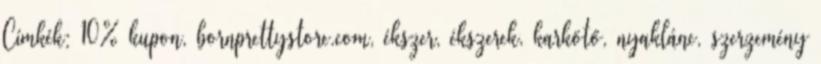
Címkék: 10% kupon, bornprettystore.com, ékszer, ékszerek, karkötő, nyaklánc, szerzemény